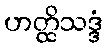
ဟတ္ထိသဒ္ဒံ